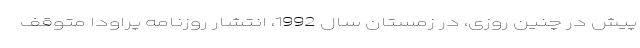
پیش در چنین روزی، در زمستان سال 1992، انتشار روزنامه پراودا متوقف